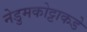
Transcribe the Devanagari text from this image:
नेडुमकोट्टाकडे